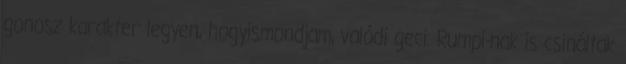
gonosz karakter legyen, hogyismondjam, valódi geci. Rumpi-nak is csináltak